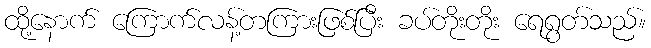
ထို့နောက် ကြောက်လန့်တကြားဖြစ်ပြီး ခပ်တိုးတိုး ရေရွတ်သည်။